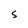
Character: S